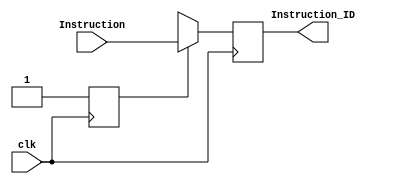
module IF_ID 
(
    input [31:0] Instruction,
    input clk,
    output reg [31:0] Instruction_ID
);

    //tb bug
    reg init_reg = 0;

    always @(negedge clk)
    begin
        if(init_reg == 0)
        begin
            Instruction_ID <= 32'bx;
            init_reg <= 1;
        end
        else
        begin
            Instruction_ID <= Instruction;
        end
    end

endmodule